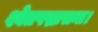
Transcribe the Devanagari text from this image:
श्वेतपद्मासना।